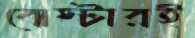
বোস্টারই